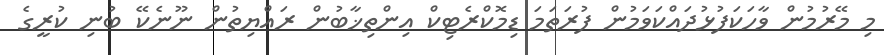
މި މޭރުމުން ވާހަކަފުޅުދައްކަވަމުން ފުރަތަމަ ޑިމޮކްރެޓިކް އިންތިޚާބުން ރައްޔިތުން ނޫނެކޭ ބުނި ކުރީގެ